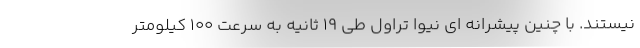
نیستند. با چنین پیشرانه ای نیوا تراول طی 19 ثانیه به سرعت 100 کیلومتر